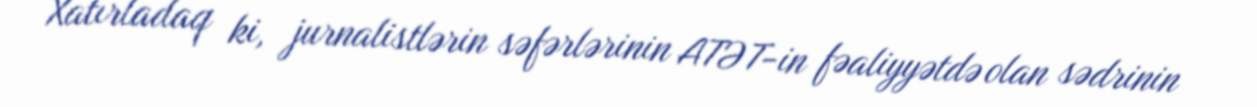
Xatırladaq ki, jurnalistlərin səfərlərinin ATƏT-in fəaliyyətdə olan sədrinin